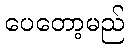
ပေတော့မည်